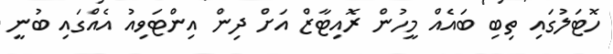
ހޮޓަލުގައި ތިބި ބައެއް މީހުން ރޮއިޓާޒް އަށް ދިން އިންޓަވިއު އެއްގައި ބުނީ